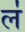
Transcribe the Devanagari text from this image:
ल॑